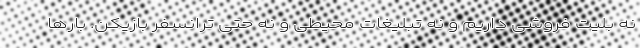
نه بلیت فروشی داریم و نه تبلیغات محیطی و نه حتی ترانسفر بازیکن. بارها